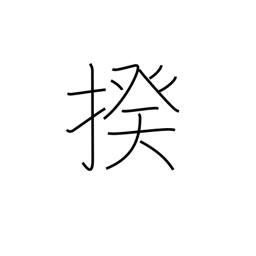
Meaning: category